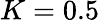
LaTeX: K=0.5